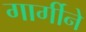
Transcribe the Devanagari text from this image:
गार्गीने